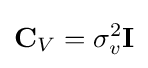
\mathbf {C} _{V}=\sigma _{v}^{2}\mathbf {I}